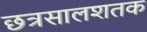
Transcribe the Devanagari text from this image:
छत्रसालशतक